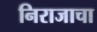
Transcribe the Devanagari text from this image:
निराजाचा